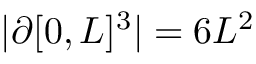
| \partial [ 0 , L ] ^ { 3 } | = 6 L ^ { 2 }